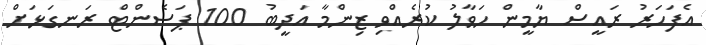
އެފަހަރު ރައީސް ޔާމީން ހަވާލު ކުރެއްވި ޒިންމާ އަދީބު 100 ޕަސެންޓް ރަނގަޅަށް